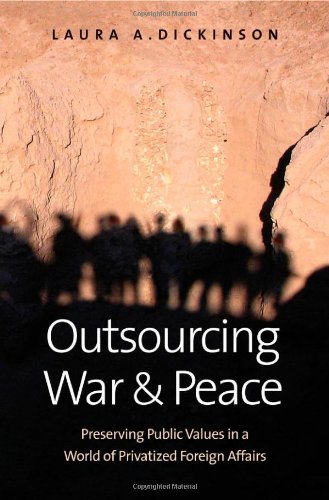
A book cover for Outsourcing War and Peace: Preserving Public Values in a World of Privatized Foreign Affairs; Laura A. Dickinson; Business & Money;